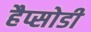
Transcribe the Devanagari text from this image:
हैप्सोडी